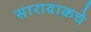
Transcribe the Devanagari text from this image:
सारावाकचे